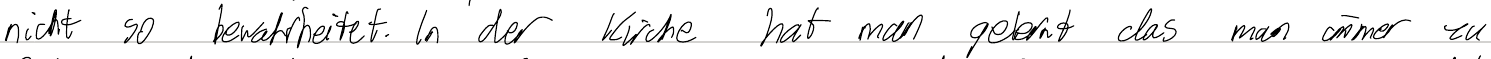
nicht so bewahrheitet. In der Kirche hat man gelernt das man immer zu